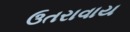
ઉતરાવાય